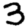
Digit: 3